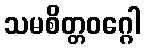
သမစိတ္တဝဂ္ဂေါ